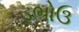
ડભોઉ